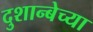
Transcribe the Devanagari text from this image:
दुशान्बेच्या